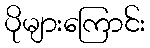
ပိုများကြောင်း